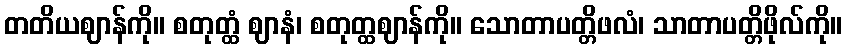
တတိယဈာန်ကို။ စတုတ္ထံ ဈာနံ၊ စတုတ္ထဈာန်ကို။ သောတာပတ္တိဖလံ၊ သာတာပတ္တိဖိုလ်ကို။